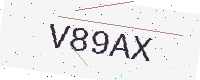
Text: V89AX